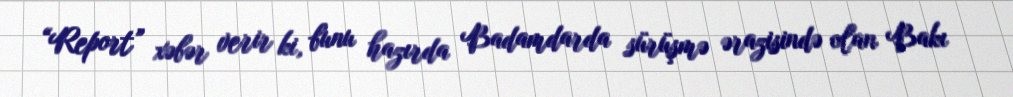
“Report” xəbər verir ki, bunu hazırda Badamdarda sürüşmə ərazisində olan Bakı